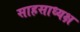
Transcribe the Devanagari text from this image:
साहसाध्यक्ष